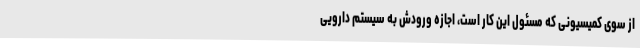
از سوی کمیسیونی که مسئول این کار است، اجازه ورودش به سیستم دارویی